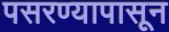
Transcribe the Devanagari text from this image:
पसरण्यापासून